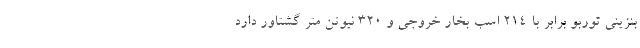
بنزینی توربو برابر با 214 اسب بخار خروجی و 320 نیوتن متر گشتاور دارد